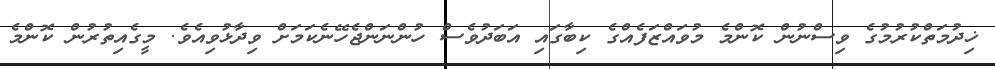
ޚިދުމަތްކުރުމުގެ ވިސްނުން ކޮންމެ މުވައްޒަފެއްގެ ކިބާގައި އަބަދުވެސް ހުންނަންޖެހޭނެކަމަށް ވިދާޅުވިއެވެ. މީގެއިތުރުން ކޮންމެ